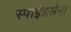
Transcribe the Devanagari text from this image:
स्पाईडर्सना